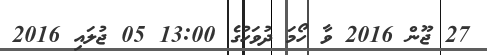
27 ޖޫން 2016 ވާ ހޯމަ ދުވަހުގެ 13:00 05 ޖުލައި 2016